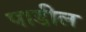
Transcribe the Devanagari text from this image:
पाडील